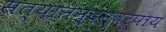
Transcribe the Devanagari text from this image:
सत्यानन्दस्वरूपाय